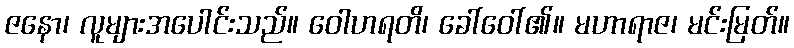
ဇနော၊ လူများအပေါင်းသည်။ ဝေါဟရတိ၊ ခေါ်ဝေါ်၏။ မဟာရာဇ၊ မင်းမြတ်။